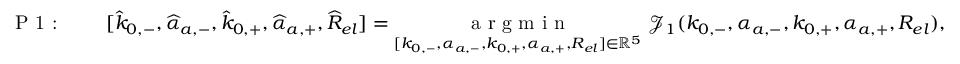
\textrm { P 1 : } \qquad [ \widehat { k } _ { 0 , - } , { \widehat { \alpha } _ { a , - } } , \widehat { k } _ { 0 , + } , { \widehat { \alpha } _ { a , + } } , \widehat { R } _ { e l } ] = \underset { [ k _ { 0 , - } , { \alpha _ { a , - } } , k _ { 0 , + } , { \alpha _ { a , + } } , R _ { e l } ] \in \mathbb { R } ^ { 5 } } { \textrm { a r g m i n } } ~ \mathcal { J } _ { 1 } ( k _ { 0 , - } , { \alpha _ { a , - } } , k _ { 0 , + } , { \alpha _ { a , + } } , R _ { e l } ) ,